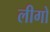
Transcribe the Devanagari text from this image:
लीगो